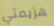
هزيمتي